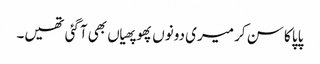
پاپا کا سن کر میری دونوں پھوپھیاں بھی آگئی تھیں۔